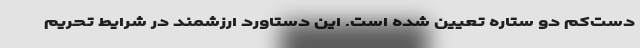
دست‌کم دو ستاره تعیین شده است. این دستاورد ارزشمند در شرایط تحریم